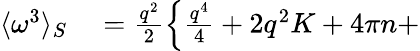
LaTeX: \begin{array}{rl}{\langle\omega^{3}\rangle_{S}}&{{}=\frac{{q}^{2}}{2}\left\{ \frac{q^{4}}{4}+2q^{2}{K}+4\pi{n}+\right.}\end{array}